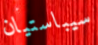
سيباستيان